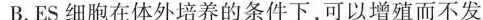
B.ES细胞在体外培养的条件下，可以增殖而不发